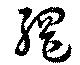
網